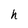
Character: h